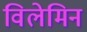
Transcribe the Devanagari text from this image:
विलेमिन